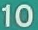
10